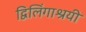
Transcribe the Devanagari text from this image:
द्विलिंगाश्रयी